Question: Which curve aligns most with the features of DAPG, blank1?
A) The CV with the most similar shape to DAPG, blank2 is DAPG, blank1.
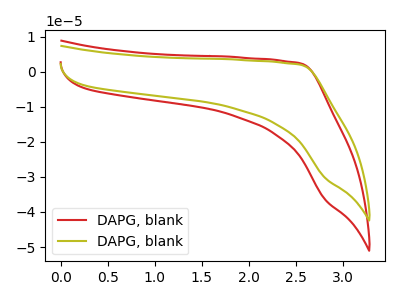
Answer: <think>The red curve "DAPG, blank1" has no peaks. The olive curve "DAPG, blank2" has no peaks.
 Neither "DAPG, blank1" or "DAPG, blank2" have any peaks.</think>
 <answer>A) The CV with the most similar shape to "DAPG, blank2" is "DAPG, blank1".</answer>
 <eval>A</eval>